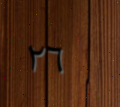
٢٦